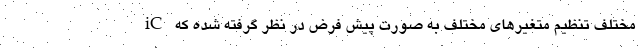
مختلف تنظیم متغیرهای مختلف به صورت پیش فرض در نظر گرفته شده که iC